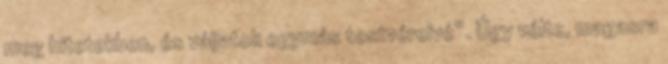
meg hitetekben, és váljatok egymás testvéreivé”. Úgy vélte, magasra